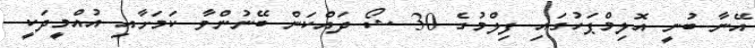
އޭނާ ބުނީ އޮލިމްޕަހުގައި ފިލްމުގެ 30 ޝޯ ދައްކަން ބޭނުންވާ ކަމަށާއި އުއްމީދަކީ